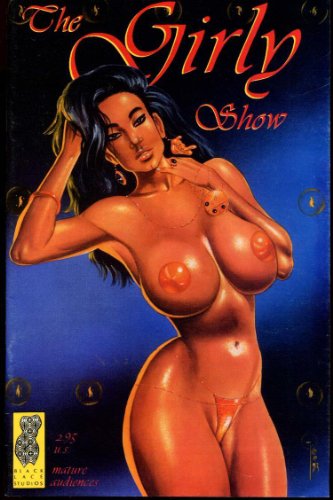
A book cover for The Girly Show #1 (Black Lace Studios); Kevin J. Taylor; Crafts, Hobbies & Home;